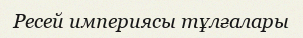
Ресей империясы тұлғалары